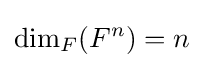
\dim _{F}(F^{n})=n